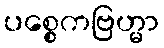
ပစ္စေကဗြဟ္မာ